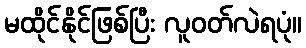
မထိုင်နိုင်ဖြစ်ပြီး လူဝတ်လဲရပုံ။